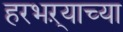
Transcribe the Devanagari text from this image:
हरभऱ्याच्या